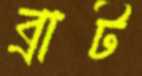
ব্রাট